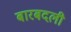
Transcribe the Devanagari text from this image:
बारबदली